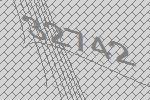
32742